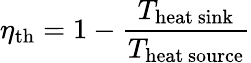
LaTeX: \eta_{\mathrm{th}}=1-{\frac{T_{\mathrm{heat~sink}}}{T_{\mathrm{heat~source}}}}